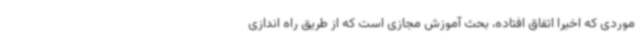
موردی که اخیرا اتفاق افتاده، بحث آموزش مجازی است که از طریق راه اندازی